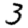
Digit: 3